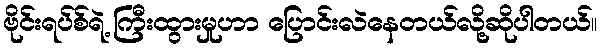
ဗိုင်းရပ်စ်ရဲ့ ကြီးထွားမှုဟာ ပြောင်းလဲနေတယ်လို့ဆိုပါတယ်။